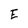
Character: E